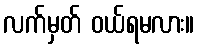
လက်မှတ် ဝယ်ရမလား။